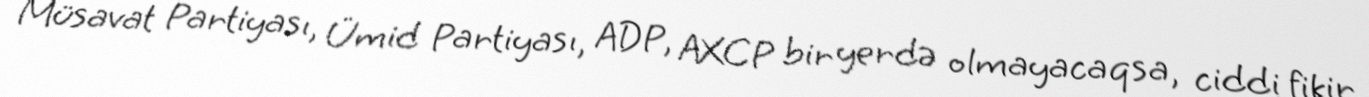
Müsavat Partiyası, Ümid Partiyası, ADP, AXCP bir yerdə olmayacaqsa, ciddi fikir